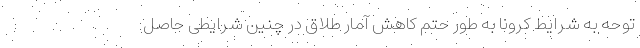
توحه به شرایط کرونا به طور حتم کاهش آمار طلاق در چنین شرایطی حاصل